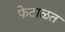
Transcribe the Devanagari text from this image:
फेटाळत